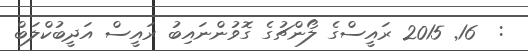
:  16